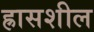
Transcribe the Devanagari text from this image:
ह्रासशील